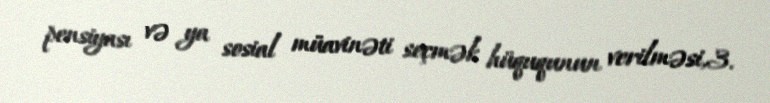
pensiyası və ya sosial müavinəti seçmək hüququnun verilməsi,3.